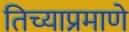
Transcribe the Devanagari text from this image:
तिच्याप्रमाणे